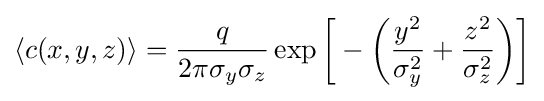
\langle c(x,y,z)\rangle ={\frac {q}{2\pi \sigma _{y}\sigma _{z}}}\exp {\bigg [}-{\bigg (}{\frac {y^{2}}{\sigma _{y}^{2}}}+{\frac {z^{2}}{\sigma _{z}^{2}}}{\bigg )}{\bigg ]}